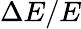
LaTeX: \Delta E/E